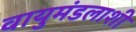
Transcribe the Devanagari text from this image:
वायुमंडलाशी